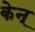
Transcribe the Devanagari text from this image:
केन्